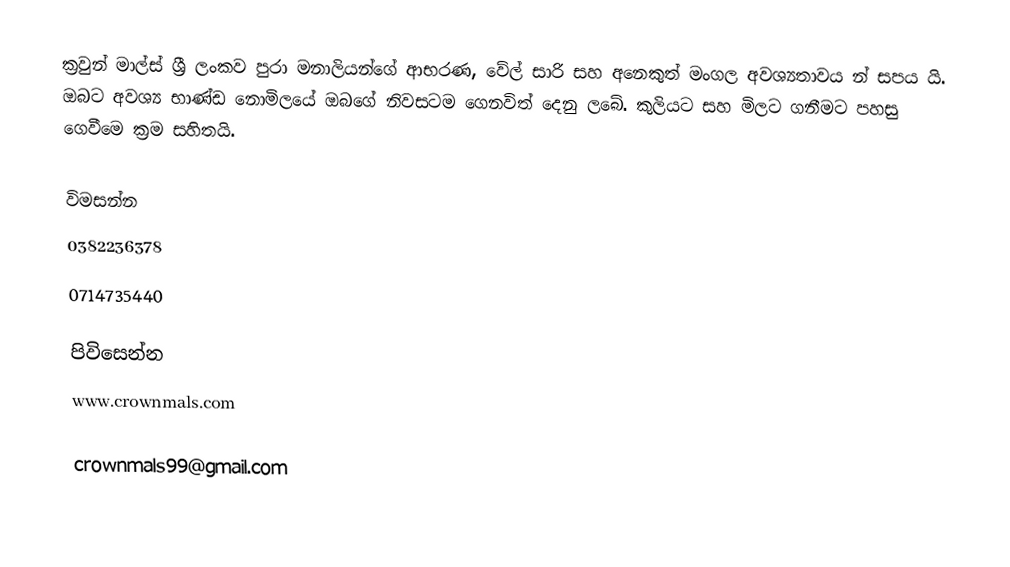
ක්‍රවුන් මාල්ස් ශ්‍රී ලංකව පුරා මනාලියන්ගේ ආභරණ, වේල් සාරි සහ අනෙකුත් මංගල අවශ්‍යතාවය න් සපය යි. ඔබට අවශ්‍ය භාණ්ඩ නොමිලයේ ඔබගේ නිවසටම ගෙනවිත් දෙනු ලබේ. කුලියට සහ මිලට ගනීමට පහසු ගෙවීමෙ ක්‍රම සහිතයි.

විමසන්න
0382236378
0714735440

පිවිසෙන්න
www.crownmals.com

crownmals99@gmail.com